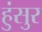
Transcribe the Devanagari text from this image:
हुंसुर